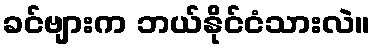
ခင်ဗျားက ဘယ်နိုင်ငံသားလဲ။